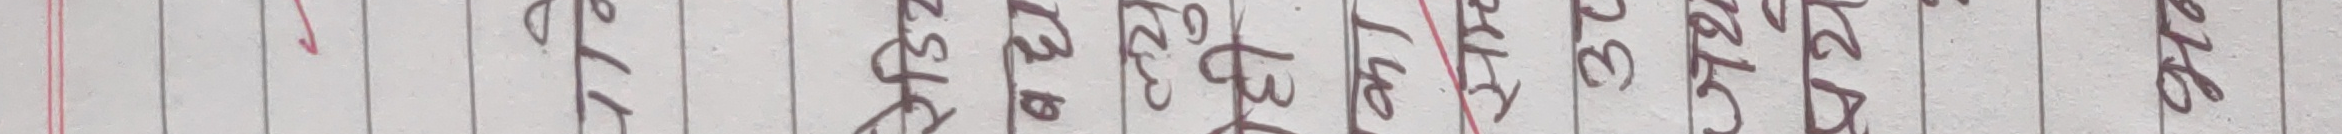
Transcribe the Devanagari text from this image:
आकार ३७ २८ १३ १९ १५ २५ १८ ९ ६ ५ ७ ४